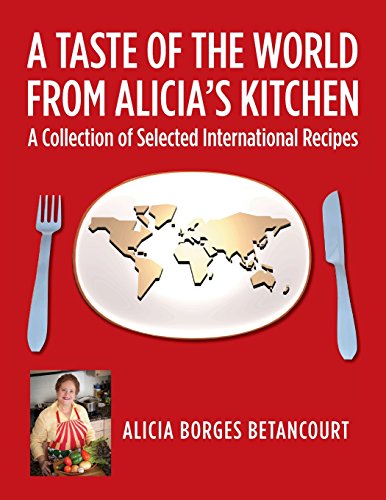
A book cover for A Taste of the World From Alicia's Kitchen: A Collection of Selected International Recipes; Alicia Borges Betancourt; Cookbooks, Food & Wine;